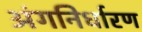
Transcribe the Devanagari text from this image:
अंगनिर्धारण